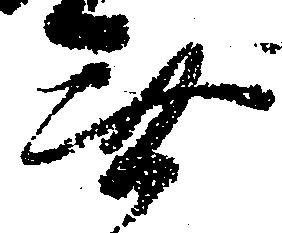
無